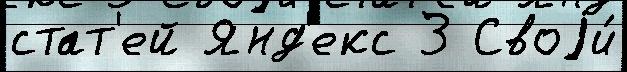
стат'ей Янд'екс З Своjи́